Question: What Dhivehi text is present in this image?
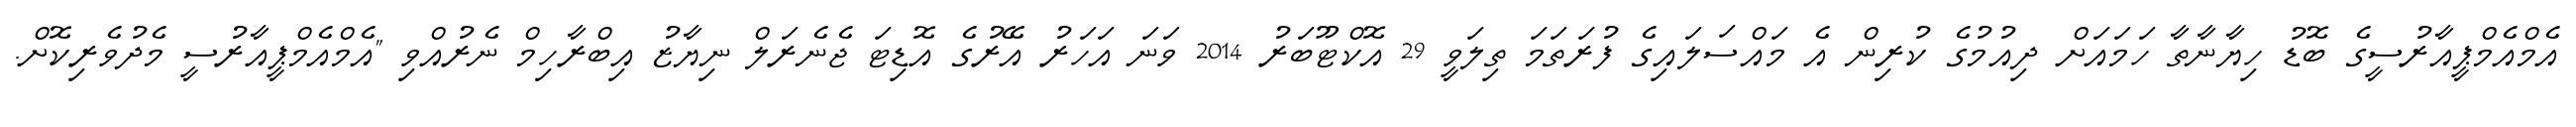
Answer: އެމްއެމްޕީއާރުސީގެ ބޮޑު ހިޔާނާތާ ހަމައަށް ދިއުމުގެ ކުރިން އެ މައްސަލައިގެ ފުރަތަމަ ތިލަވީ 29 އޮކްޓޫބަރު 2014 ވަނަ އަހަރު އޭރުގެ އޮޑިޓަ ޖެނެރަލް ނިޔާޒު އިބްރާހިމް ނެރުއްވި "އެމްއެމްޕީއާރުސީ މެދުވެރިކޮށް.